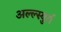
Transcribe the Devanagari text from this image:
अल्ल्स्बुर्ग